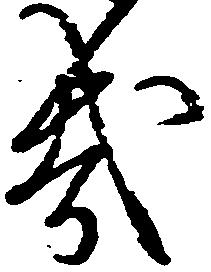
哉